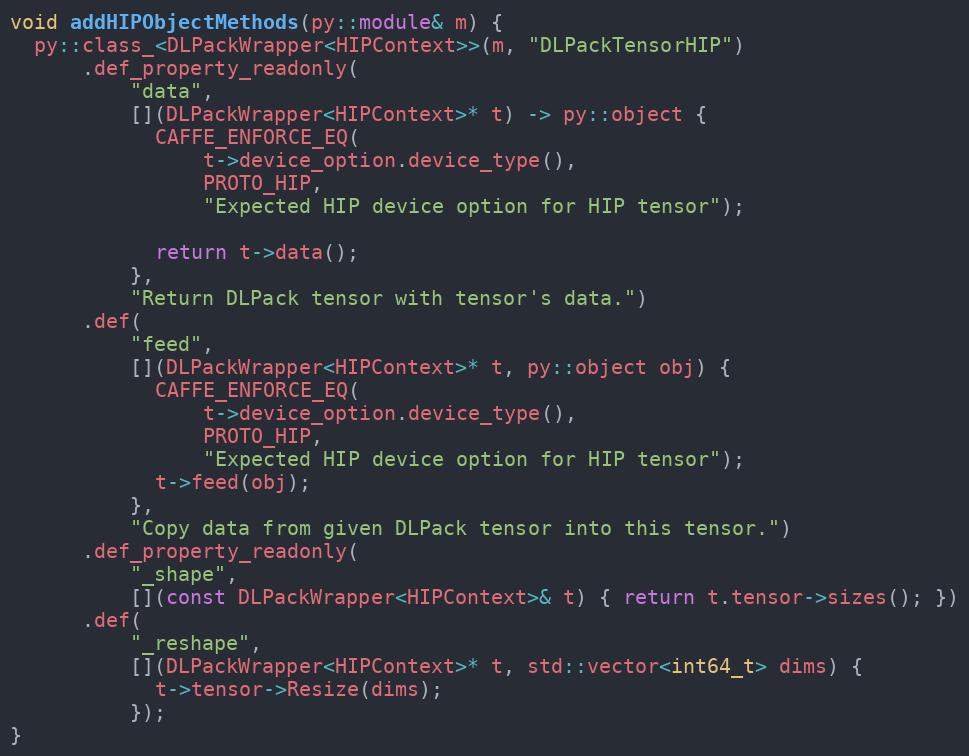
Language: C++
void addHIPObjectMethods(py::module& m) {
  py::class_<DLPackWrapper<HIPContext>>(m, "DLPackTensorHIP")
      .def_property_readonly(
          "data",
          [](DLPackWrapper<HIPContext>* t) -> py::object {
            CAFFE_ENFORCE_EQ(
                t->device_option.device_type(),
                PROTO_HIP,
                "Expected HIP device option for HIP tensor");

            return t->data();
          },
          "Return DLPack tensor with tensor's data.")
      .def(
          "feed",
          [](DLPackWrapper<HIPContext>* t, py::object obj) {
            CAFFE_ENFORCE_EQ(
                t->device_option.device_type(),
                PROTO_HIP,
                "Expected HIP device option for HIP tensor");
            t->feed(obj);
          },
          "Copy data from given DLPack tensor into this tensor.")
      .def_property_readonly(
          "_shape",
          [](const DLPackWrapper<HIPContext>& t) { return t.tensor->sizes(); })
      .def(
          "_reshape",
          [](DLPackWrapper<HIPContext>* t, std::vector<int64_t> dims) {
            t->tensor->Resize(dims);
          });
}